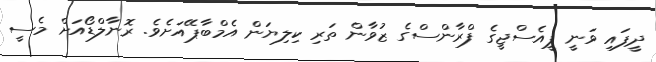
ދީފައި ވަނީ ޕީއެސްޖީގެ ފްރާންސްގެ ޒުވާން ތަރި ކިލިޔަން އެމްބާޕޭއަށެވެ. ރޮނާލްޑޯއަށް މެސީ